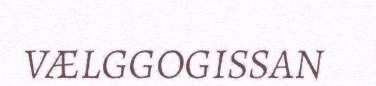
VÆLGGOGISSAN